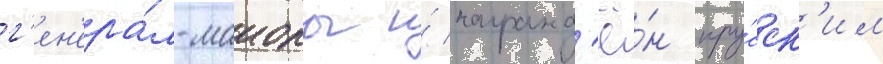
г'ен'ера́л-маиоры и́ награжд'ё́н пру́сск'им